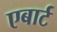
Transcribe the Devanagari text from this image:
एबार्ट